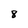
Character: 8